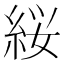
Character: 䋝